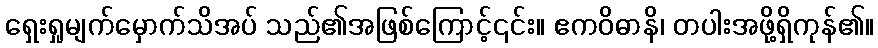
ရှေးရှုမျက်မှောက်သိအပ် သည်၏အဖြစ်ကြောင့်၎င်း။ ဧကဝိဓာနိ၊ တပါးအဖို့ရှိကုန်၏။